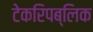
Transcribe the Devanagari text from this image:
टेकरिपब्लिक